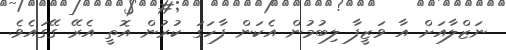
ނަޒްލާއަށް އާ ވަޒީފާ ލިބުމުން އެކަން ފާހަގަ ކުރުން އޮތީ އެރޭ ގޭގައެވެ.